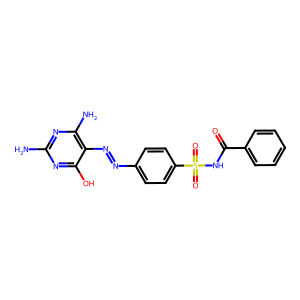
SMILES: Nc1nc(N)c(N=Nc2ccc(S(=O)(=O)NC(=O)c3ccccc3)cc2)c(O)n1
Inhibits HIV replication: No